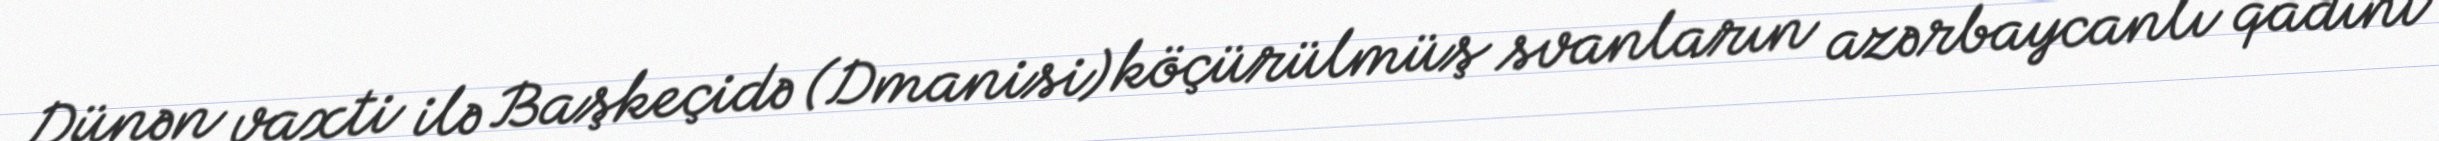
Dünən vaxti ilə Başkeçidə (Dmanisi) köçürülmüş svanların azərbaycanlı qadını